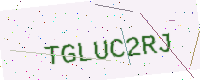
Text: TGLUC2RJ